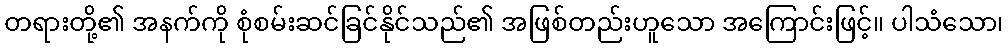
တရားတို့၏ အနက်ကို စုံစမ်းဆင်ခြင်နိုင်သည်၏ အဖြစ်တည်းဟူသော အကြောင်းဖြင့်။ ပါသံသော၊